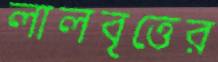
লালবৃত্তের